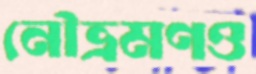
নৌভ্রমণও